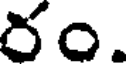
రం.